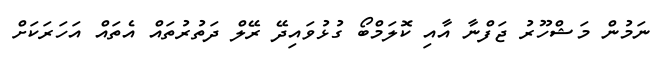
ނަމުން މަޝްހޫރު ޖަފްނާ އާއި ކޮލަމްބޯ ގުޅުވައިދޭ ރޭލް ދަތުރުތައް އެތައް އަހަރަކަށް